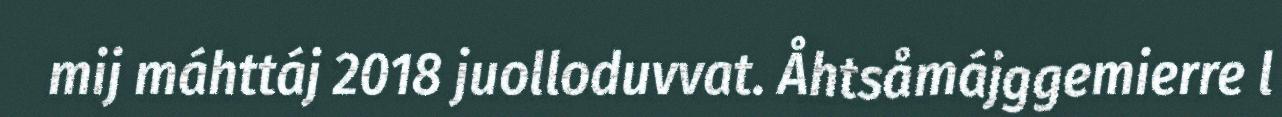
mij máhttáj 2018 juolloduvvat. Åhtsåmájggemierre l